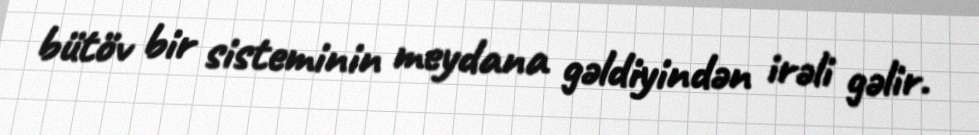
bütöv bir sisteminin meydana gəldiyindən irəli gəlir.